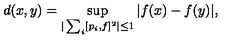
d ( x , y ) = \sup _ { | \sum _ { i } [ p _ { i } , f ] ^ { 2 } | \leq 1 } | f ( x ) - f ( y ) | ,